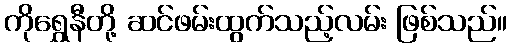
ကိုရွှေနီတို့ ဆင်ဖမ်းထွက်သည့်လမ်း ဖြစ်သည်။